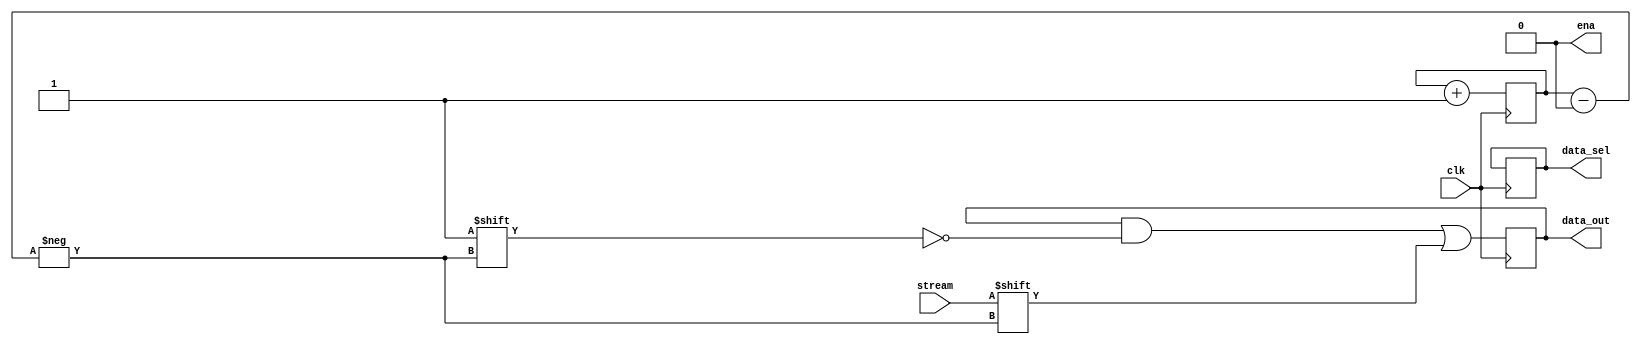
module STREAM_DIVIDER(


	input stream,
	input clk,
	output [7:0] data_out,
	output data_sel,
	output ena



);
reg cnt = 0;
reg b_cnt = 0;
reg [7:0] bytes;
reg data_selector = 1'b0;
reg enabled = 1'b0;

always@(posedge clk)
begin
	
	enabled = 0;


	bytes[b_cnt] = stream;
	
	if(b_cnt == 8)begin
		enabled = 1'b1;
		b_cnt = -1;
	end
	
	
	b_cnt = b_cnt + 1;
	cnt = cnt + 1;
	
	if(cnt == 20)begin
		data_selector = 1'b1;
	end
end




assign data_out = bytes;
assign data_sel = data_selector;
assign ena = enabled;



endmodule